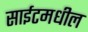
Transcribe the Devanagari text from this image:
साईटमधील